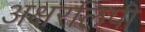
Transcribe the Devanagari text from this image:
अक्षरलिपी